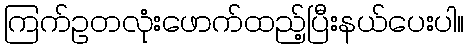
ကြက်ဥတလုံးဖောက်ထည့်ပြီးနယ်ပေးပါ။